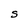
Character: S